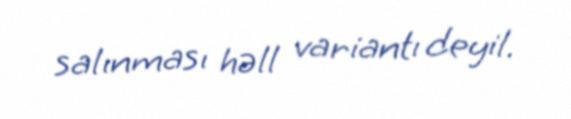
salınması həll variantı deyil.